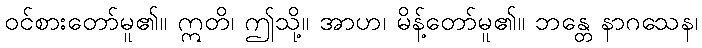
ဝင်စားတော်မူ၏။ ဣတိ၊ ဤသို့။ အာဟ၊ မိန့်တော်မူ၏။ ဘန္တေ နာဂသေန၊